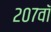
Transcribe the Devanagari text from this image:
२०७वॉ